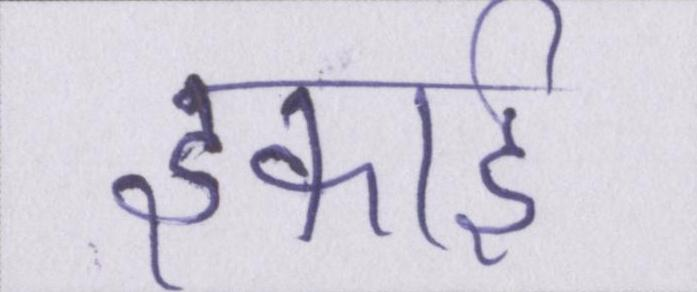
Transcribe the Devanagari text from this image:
इकाई